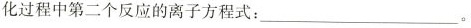
化过程中第二个反应的离子方程式：___ 。